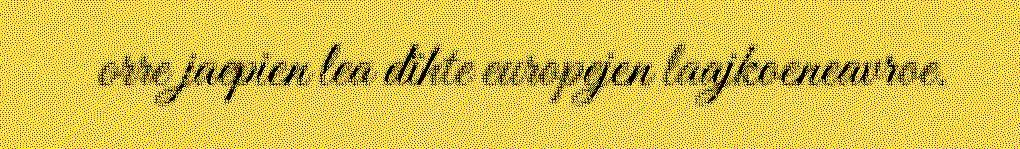
orre jaepien lea dïhte europejen laajkoeneavroe.